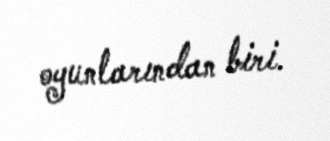
oyunlarından biri.